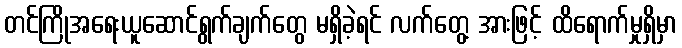
တင်ကြိုအရေးယူဆောင်ရွက်ချက်တွေ မရှိခဲ့ရင် လက်တွေ့ အားဖြင့် ထိရောက်မှုရှိမှာ